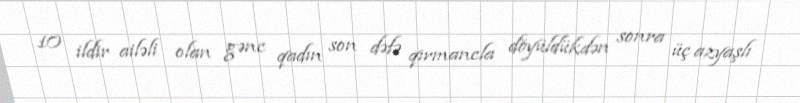
10 ildir ailəli olan gənc qadın son dəfə qırmancla döyüldükdən sonra üç azyaşlı